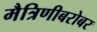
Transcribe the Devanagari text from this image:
मैत्रिणीबरोबर